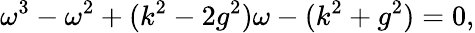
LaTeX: \omega^{3}-\omega^{2}+(k^{2}-2g^{2})\omega-(k^{2}+g^{2})=0,